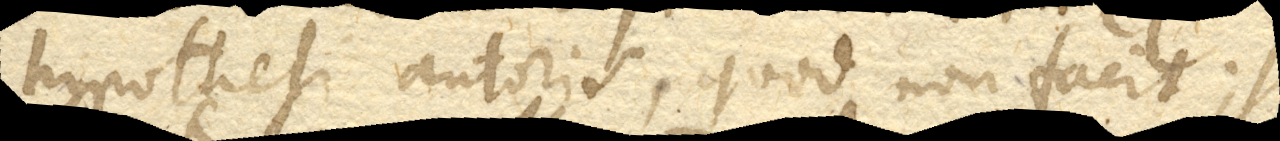
hypothesi autoris, quod non facit; si